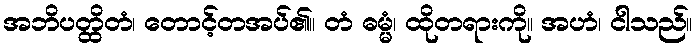
အဘိပတ္ထိတံ၊ တောင့်တအပ်၏။ တံ ဓမ္မံ၊ ထိုတရားကို။ အဟံ၊ ငါသည်။